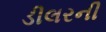
ડીલરની